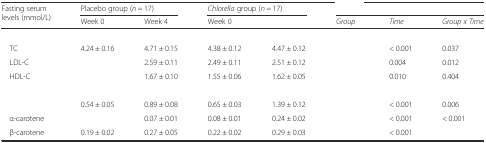
<table><thead><tr><td rowspan="2"><b>Fasting serum levels (mmol/L)</b></td><td colspan="2"><b>Placebo group (<i>n</i> = 17)</b></td><td colspan="2"><b><i>Chlorella</i> group (<i>n</i> = 17)</b></td><td colspan="3">[EMPTY_CELL]</td></tr><tr><td><b>Week 0</b></td><td><b>Week 4</b></td><td><b>Week 0</b></td><td>[EMPTY_CELL]</td><td><b><i>Group</i></b></td><td><b><i>Time</i></b></td><td><b><i>Group x Time</i></b></td></tr></thead><tbody><tr><td colspan="8">[EMPTY_CELL]</td></tr><tr><td> TC</td><td>4.24 ± 0.16</td><td>4.71 ± 0.15</td><td>4.38 ± 0.12</td><td>4.47 ± 0.12</td><td>[EMPTY_CELL]</td><td>&lt; 0.001</td><td>0.037</td></tr><tr><td> LDL-C</td><td>[EMPTY_CELL]</td><td>2.59 ± 0.11</td><td>2.49 ± 0.11</td><td>2.51 ± 0.12</td><td>[EMPTY_CELL]</td><td>0.004</td><td>0.012</td></tr><tr><td> HDL-C</td><td>[EMPTY_CELL]</td><td>1.67 ± 0.10</td><td>1.55 ± 0.06</td><td>1.62 ± 0.05</td><td>[EMPTY_CELL]</td><td>0.010</td><td>0.404</td></tr><tr><td colspan="8">[EMPTY_CELL]</td></tr><tr><td>[EMPTY_CELL]</td><td>0.54 ± 0.05</td><td>0.89 ± 0.08</td><td>0.65 ± 0.03</td><td>1.39 ± 0.12</td><td>[EMPTY_CELL]</td><td>&lt; 0.001</td><td>0.006</td></tr><tr><td> α-carotene</td><td>[EMPTY_CELL]</td><td>0.07 ± 0.01</td><td>0.08 ± 0.01</td><td>0.24 ± 0.02</td><td>[EMPTY_CELL]</td><td>&lt; 0.001</td><td>&lt; 0.001</td></tr><tr><td> β-carotene</td><td>0.19 ± 0.02</td><td>0.27 ± 0.05</td><td>0.22 ± 0.02</td><td>0.29 ± 0.03</td><td>[EMPTY_CELL]</td><td>&lt; 0.001</td><td>[EMPTY_CELL]</td></tr></tbody></table>